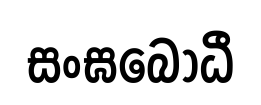
සංඝබෝධී